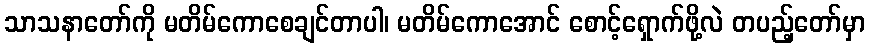
သာသနာတော်ကို မတိမ်ကောစေချင်တာပါ၊ မတိမ်ကောအောင် စောင့်ရှောက်ဖို့လဲ တပည့်တော်မှာ